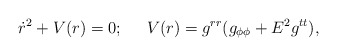
\begin{align*}\dot{r}^2+V(r)=0;\;\;\;\;\;V(r)=g^{rr}(g_{\phi\phi}+E^2g^{tt}),\end{align*}